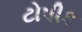
ટોપીક